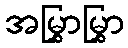
အမြွှာမြွှာ